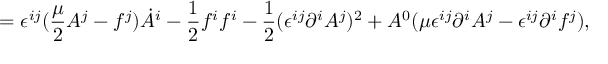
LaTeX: = \epsilon ^ { i j } ( { \frac { \mu } { 2 } } A ^ { j } - f ^ { j } ) \dot { A } ^ { i } - { \frac { 1 } { 2 } } f ^ { i } f ^ { i } - { \frac { 1 } { 2 } } ( \epsilon ^ { i j } \partial ^ { i } A ^ { j } ) ^ { 2 } + A ^ { 0 } ( \mu \epsilon ^ { i j } \partial ^ { i } A ^ { j } - \epsilon ^ { i j } \partial ^ { i } f ^ { j } ) ,